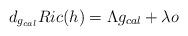
LaTeX: \begin{align*}d_{g_{cal}}Ric(h)=\Lambda g_{cal}+\lambda o \end{align*}